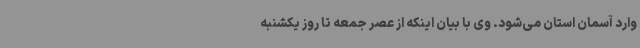
وارد آسمان استان می‌شود. وی با بیان اینکه از عصر جمعه تا روز یکشنبه